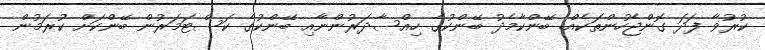
ކުރުވާ ފަދަ ގޮންޖެހުންތަކެއް. ބޭންކާމެދު ބޭންކުގެ ހިއްސާދަރުންނާއި ބޭންކުގެ ކަސްޓަމަރުން ބޭންކަށް ކުރަމުން